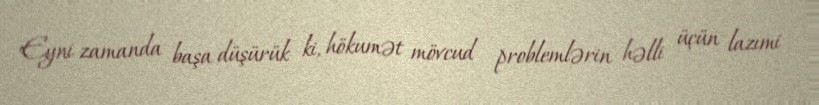
Eyni zamanda başa düşürük ki, hökumət mövcud problemlərin həlli üçün lazımi